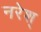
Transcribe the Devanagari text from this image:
नरेश्